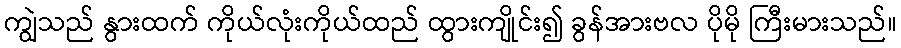
ကျွဲသည် နွားထက် ကိုယ်လုံးကိုယ်ထည် ထွားကျိုင်း၍ ခွန်အားဗလ ပိုမို ကြီးမားသည်။